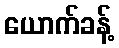
ယောက်ခန့်